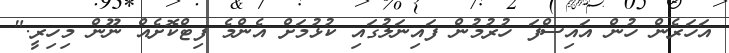
އަހަރެން ހުން އައިސްފަ ހުރުމުން ފައިނަލުގައި ކުޅުމަށް އެންމެ ފިޓްކޮށެއް ނޫން މިހިރީ."